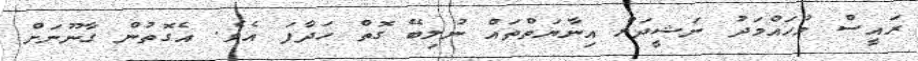
ރައީސް މުހައްމަދު ނަޝީދަށް އިނާޔަތްތައް ނުލިބޭ ގޮތް ހަދާފަ އެވެ. އެގޮތުން ގާނޫނަށް